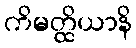
ကိမတ္ထိယာနိ